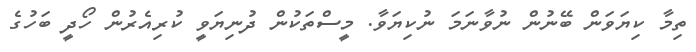
ތިމާ ކިޔަވަން ބޭނުން ނުވާނަމަ ނުކިޔަވާ. މީސްތަކުން ދުނިޔަވީ ކުރިއެރުން ހޯދީ ބަހުގެ